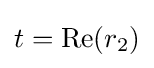
t={\text{Re}}(r_{2})